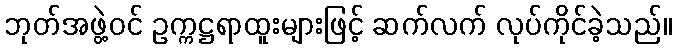
ဘုတ်အဖွဲ့ဝင် ဥက္ကဋ္ဌရာထူးများဖြင့် ဆက်လက် လုပ်ကိုင်ခဲ့သည်။